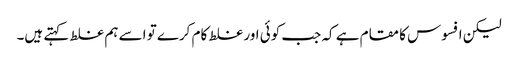
لیکن افسوس کا مقام ہے کہ جب کوئی اور غلط کام کرے تو اسے ہم غلط کہتے ہیں۔